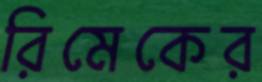
রিমেকের